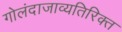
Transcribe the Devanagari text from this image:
गोलंदाजाव्यतिरिक्त